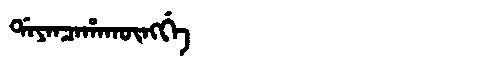
Manchu: ᡩᠠᠶᠠᠨᠴᠠᡥᠠᡴᡡᠩᡤᡝ
Romanization: DAYANCAHAKŪNGGE